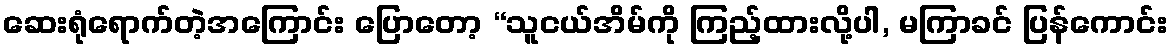
ဆေးရုံရောက်တဲ့အကြောင်း ပြောတော့ “သူငယ်အိမ်ကို ကြည့်ထားလို့ပါ, မကြာခင် ပြန်ကောင်း